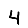
Digit: 4